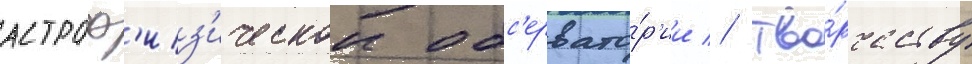
астроф'из'ическои обс'ервато́р'ии // Тво́рчеству